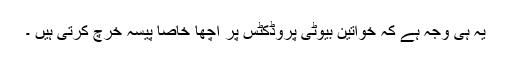
یہ ہی وجہ ہے کہ خواتین بیوٹی پروڈکٹس پر اچھا خاصا پیسہ خرچ کرتی ہیں ۔